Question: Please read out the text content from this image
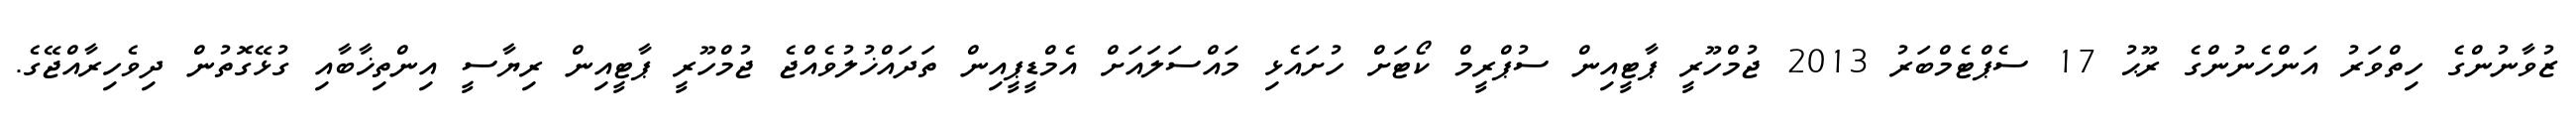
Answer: ޒުވާނުންގެ ހިތްވަރު އަންހެނުންގެ ރޫޙު 17 ސެޕްޓެމްބަރު 2013 ޖުމްހޫރީ ޕާޓީއިން ސުޕްރީމް ކޯޓަށް ހުށައެޅި މައްސަލައަށް އެމްޑީޕީއިން ތަދައްޚުލުވެއްޖެ ޖުމްހޫރީ ޕާޓީއިން ރިޔާސީ އިންތިޚާބާއި ގުޅޭގޮތުން ދިވެހިރާއްޖޭގެ.